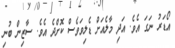
އޯޑަރު ނަގަ އެވެ. އަދި މާލެއަށް ޑެލިވަވެސް ކޮށްދެ އެވެ. ސާޒިން ބުނި